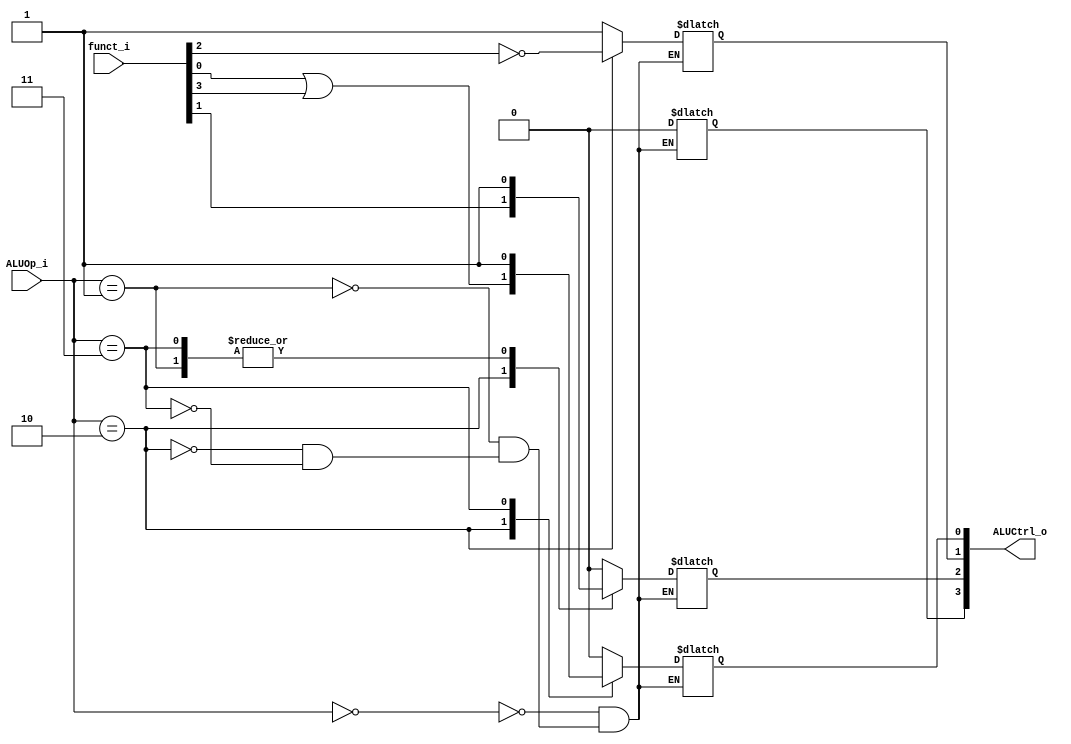
//Subject:     CO project 2 - ALU Controller
//--------------------------------------------------------------------------------
//Version:     1
//--------------------------------------------------------------------------------
//Writer:      
//----------------------------------------------
//Date:        
//----------------------------------------------
//Description: 
//--------------------------------------------------------------------------------

module ALU_Ctrl(
          funct_i,
          ALUOp_i,
          ALUCtrl_o
          );
          
//I/O ports 
input      [6-1:0] funct_i;
input      [3-1:0] ALUOp_i;

output     [4-1:0] ALUCtrl_o;    
     
//Internal Signals
reg        [4-1:0] ALUCtrl_o;

//Parameter

       
//Select exact operation

always@(*)
begin 
	case(ALUOp_i)
		0: ALUCtrl_o=4'd2;
		1: ALUCtrl_o=4'd6;
		2: begin
				ALUCtrl_o[0]= funct_i[0] || funct_i[3];
				ALUCtrl_o[1]= (!funct_i[2]);
				ALUCtrl_o[2]= funct_i[1];
				ALUCtrl_o[3]= 1'b0;
			
		    end
		3: ALUCtrl_o=4'd7;
	endcase
	//$display("ALUCtrl_o = %p", ALUCtrl_o);
end

endmodule